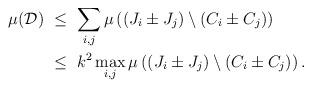
LaTeX: \begin{align*}\mu (\mathcal{D}) &\ \leq\ \sum_{i, j} \mu \left((J_i \pm J_j) \setminus (C_i \pm C_j)\right) \\&\ \leq\ k^2 \max_{i, j} \mu \left((J_i \pm J_j) \setminus (C_i \pm C_j)\right).\end{align*}